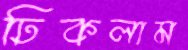
ঢিকলাম